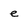
Character: e